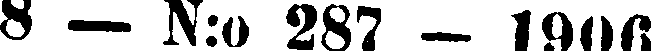
8 — N:o 287 — 1900